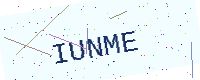
Text: IUNME